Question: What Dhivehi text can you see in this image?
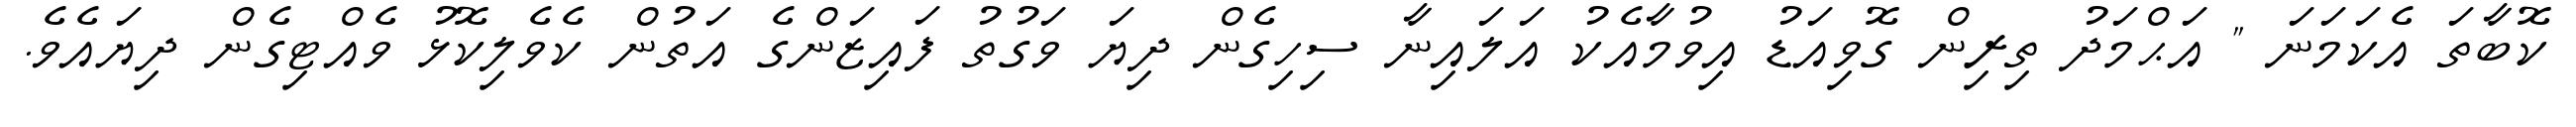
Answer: ކޮބާތަ އެކަމަނަ " އަޙްމަދު ތިރިން ގޮވިއަޑު އިވުމާއެކު އަލައިނާ ސިހިގެން ދިޔަ ވަގުތު ފައިޒަންގެ އަތުން ކެވެލިކޮޅު ވެއްޓިގެން ދިޔައެވެ.